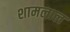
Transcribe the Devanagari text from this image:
शामलाल